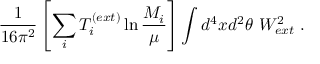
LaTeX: \frac { 1 } { 1 6 \pi ^ { 2 } } \left[ \sum _ { i } T _ { i } ^ { ( e x t ) } \ln \frac { M _ { i } } { \mu } \right] \int d ^ { 4 } x d ^ { 2 } \theta ~ W _ { e x t } ^ { 2 } \; .